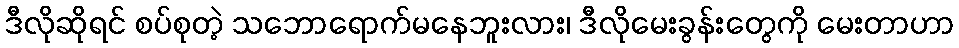
ဒီလိုဆိုရင် စပ်စုတဲ့ သဘောရောက်မနေဘူးလား၊ ဒီလိုမေးခွန်းတွေကို မေးတာဟာ